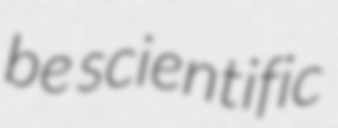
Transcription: be scientific